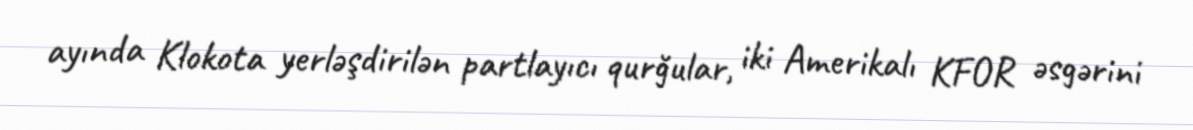
ayında Klokota yerləşdirilən partlayıcı qurğular, iki Amerikalı KFOR əsgərini